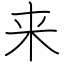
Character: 来